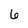
Character: 6